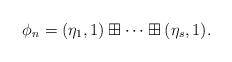
LaTeX: \begin{align*}\phi_n=(\eta_1,1)\boxplus\cdots\boxplus(\eta_s,1). \end{align*}